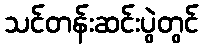
သင်တန်းဆင်းပွဲတွင်